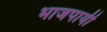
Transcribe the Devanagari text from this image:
भाजपायी